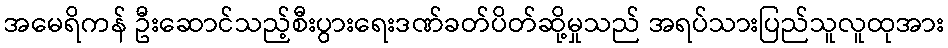
အမေရိကန် ဦးဆောင်သည့်စီးပွားရေးဒဏ်ခတ်ပိတ်ဆို့မှုသည် အရပ်သားပြည်သူလူထုအား